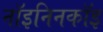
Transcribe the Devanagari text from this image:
नॉइनिनकॉइ